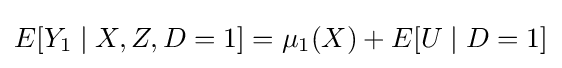
E[Y_{1}\mid X,Z,D=1]=\mu _{1}(X)+E[U\mid D=1]